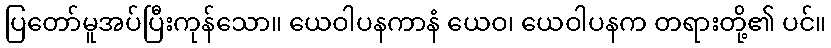
ပြတော်မူအပ်ပြီးကုန်သော။ ယေဝါပနကာနံ ယေဝ၊ ယေဝါပနက တရားတို့၏ ပင်။